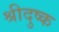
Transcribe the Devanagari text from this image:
श्रीदुष्क